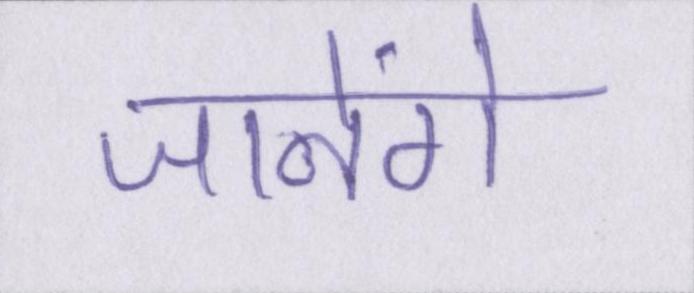
जानेंगे